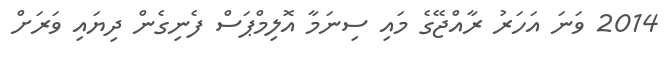
2014 ވަނަ އަހަރު ރާއްޖޭގެ މައި ސިނަމާ އޮލިމްޕަސް ފެނިގެން ދިޔައި ވަރަށް